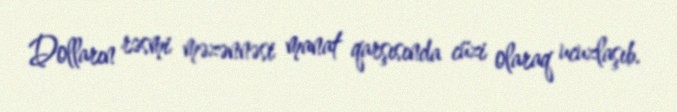
Dolların rəsmi məzənnəsi manat qarşısında cüzi olaraq ucuzlaşıb.